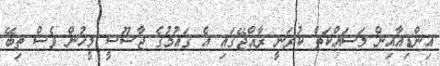
އިންޑިއާއިން މަސައްކަތް ކުރަނީ ރާއްޖޭގައި އެ ގައުމުގެ ޖާސޫސީ މީހުން ވެސް ތިބޭ